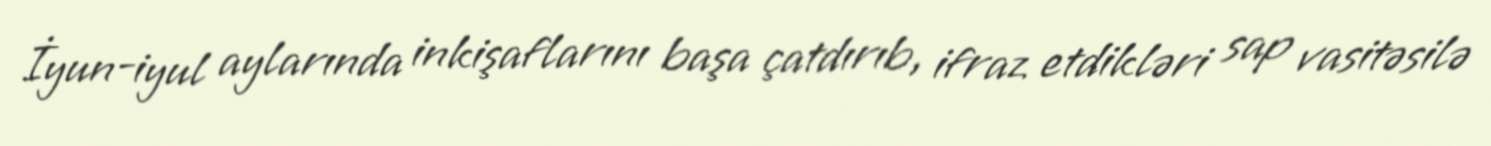
İyun-iyul aylarında inkişaflarını başa çatdırıb, ifraz etdikləri sap vasitəsilə